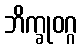
ဘိက္ခုဝဂ္ဂ